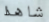
شاهدا